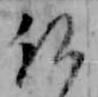
仏